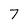
Character: 7